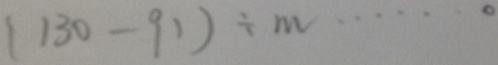
( 1 3 0 - 9 1 ) \div m = \cdots o